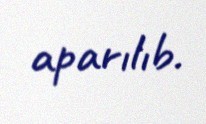
aparılıb.